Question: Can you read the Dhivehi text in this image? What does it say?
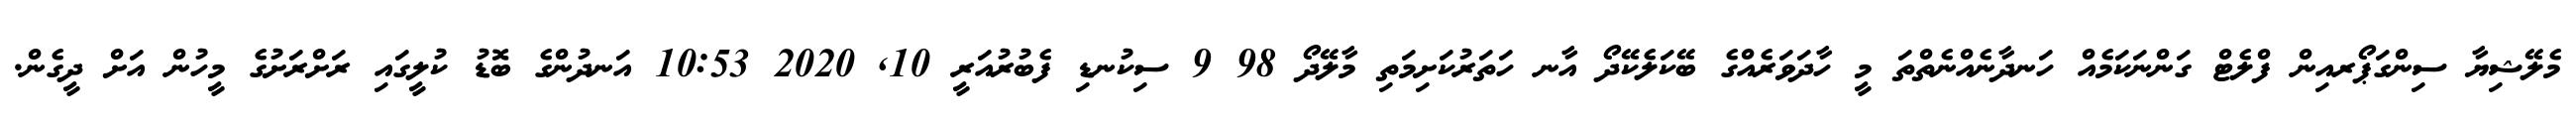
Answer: މެލޭޝިޔާ ސިންގަޕޯރއިން ފްލެޓް ގަންނަކަމެއް ހަނދާނެއްނެތްތަ މީ ހާދަވަރެއްގެ ބޭކަލެކޭދޯ އާނ ހަތަރުކަށިމަތި މާލޭދޯ 98 9 ސިކުނޑި ފެބުރުއަރީ 10, 2020 10:53 އަނދުންގެ ބޮޑު ކުލީގައި ރަށްރަށުގެ މީހުން އަށް ދީގެން.